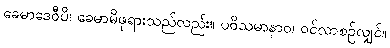
ခေမာဒေဝီပိ၊ ခေမာမိဖုရားသည်လည်း။ ပဝိသမာနာဝ၊ ဝင်လာစဉ်လျှင်။